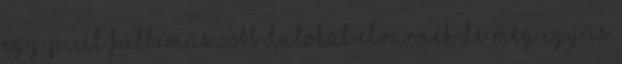
egy picit fülbemászóbb dalokat elvárnék De még így is